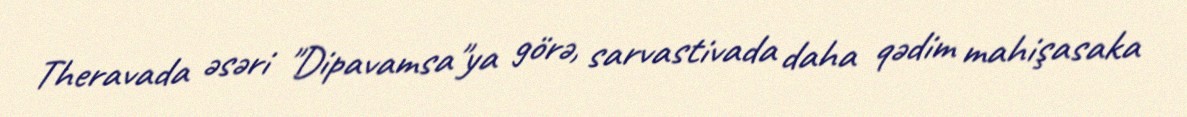
Theravada əsəri "Dipavamsa"ya görə, sarvastivada daha qədim mahişasaka